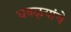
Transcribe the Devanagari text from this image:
धवळ्यांचे